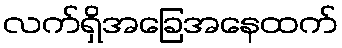
လက်ရှိအခြေအနေထက်